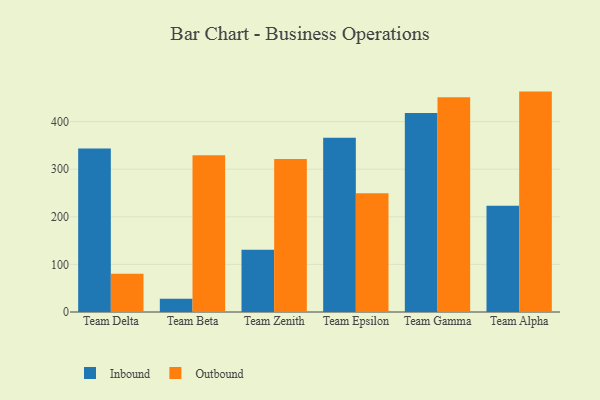
{"axis": {"x": "Team", "y": "Demand Index"}, "legend": ["Inbound", "Outbound"], "data": [{"x": "Team Delta", "y": 343.8, "type": "Inbound"}, {"x": "Team Delta", "y": 80.4, "type": "Outbound"}, {"x": "Team Beta", "y": 27.9, "type": "Inbound"}, {"x": "Team Beta", "y": 329.5, "type": "Outbound"}, {"x": "Team Zenith", "y": 130.7, "type": "Inbound"}, {"x": "Team Zenith", "y": 321.4, "type": "Outbound"}, {"x": "Team Epsilon", "y": 366.3, "type": "Inbound"}, {"x": "Team Epsilon", "y": 249.6, "type": "Outbound"}, {"x": "Team Gamma", "y": 417.9, "type": "Inbound"}, {"x": "Team Gamma", "y": 451.3, "type": "Outbound"}, {"x": "Team Alpha", "y": 223.5, "type": "Inbound"}, {"x": "Team Alpha", "y": 463.1, "type": "Outbound"}]}